65_HS1-834228961_62-HQ-83894_Section_2
Agency: FBI
Page 13
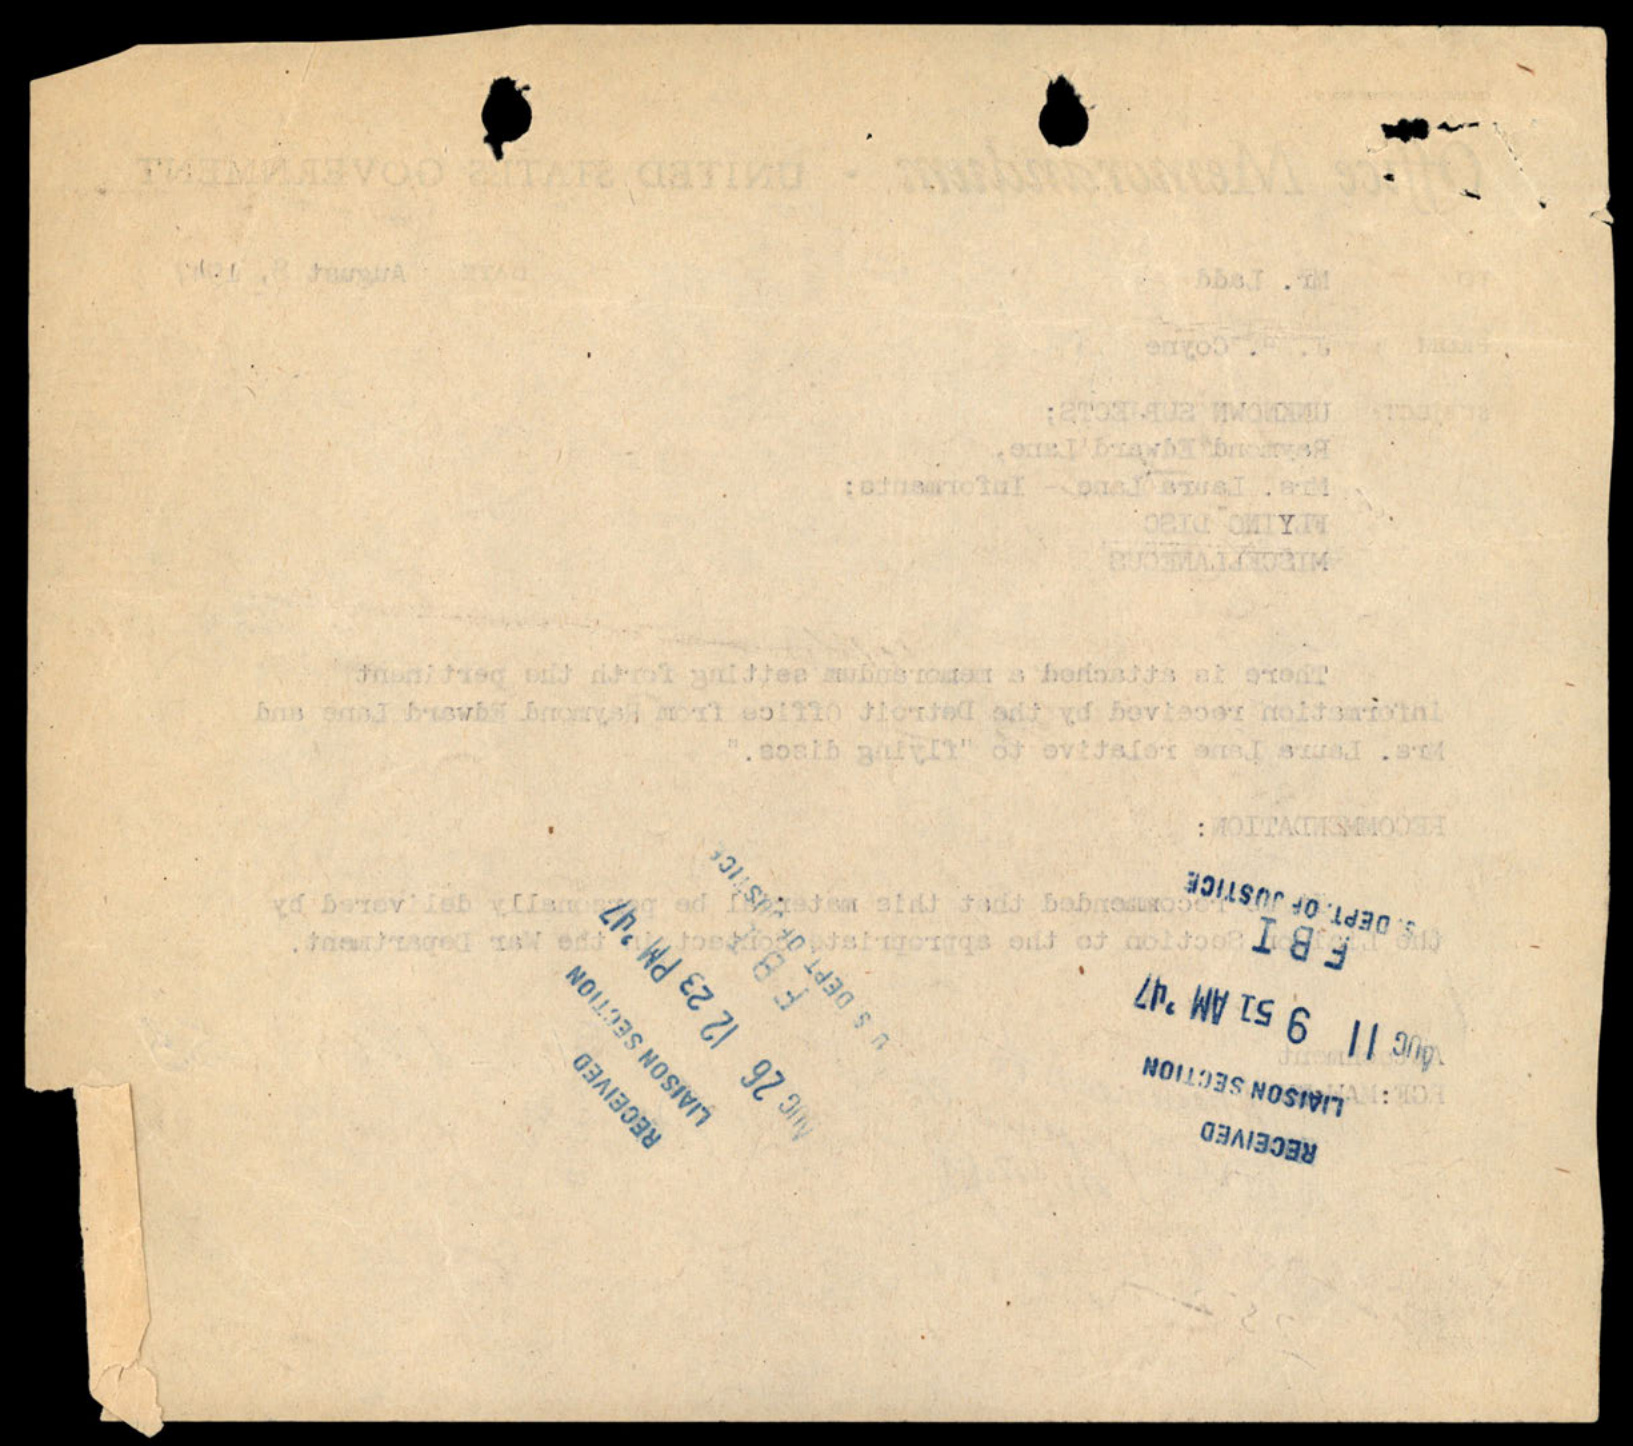